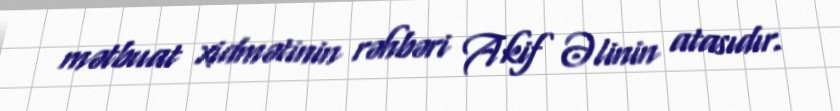
mətbuat xidmətinin rəhbəri Akif Əlinin atasıdır.